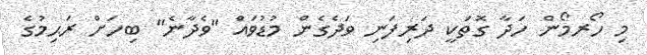
މި ހޯރމޯން ހަދާ ގޮތަކީ ދަރިފަނި ވަދެގެން މުޑުވައް ''ވެދާނެ'' ބިހަށް ރަޙިމުގެ